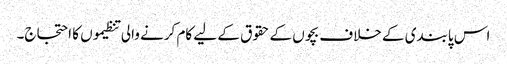
اس پابندی کے خلاف بچوں کے حقوق کے لیے کام کرنے والی تنظیموں کا احتجاج۔